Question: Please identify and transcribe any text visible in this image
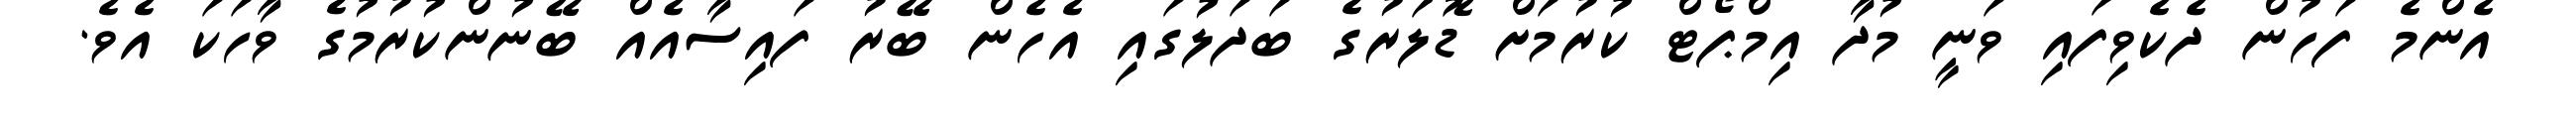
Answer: އެންމެ ފަހުން ދެކެވިފައި ވަނީ މުދާ އިމްޕޯޓް ކުރުމަށް ޑޮލަރުގެ ބަދަލުގައި އެހެން ބޭރު ފައިސާއެއް ބޭނުންކުރުމުގެ ވާހަކަ އެވެ.